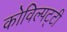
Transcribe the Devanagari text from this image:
कोविल्पट्टी